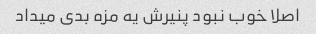
اصلا خوب نبود پنیرش یه مزه بدی میداد